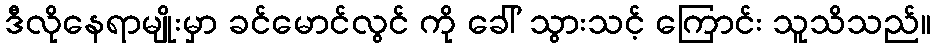
ဒီလိုနေရာမျိုးမှာ ခင်မောင်လွင် ကို ခေါ် သွားသင့် ကြောင်း သူသိသည်။